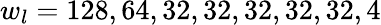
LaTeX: w_{l}=128,64,32,32,32,32,32,4